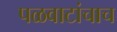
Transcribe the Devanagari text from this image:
पळवाटांचाच